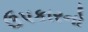
ઉપકારનો